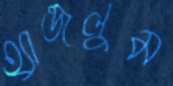
হ্যান্ডলুম